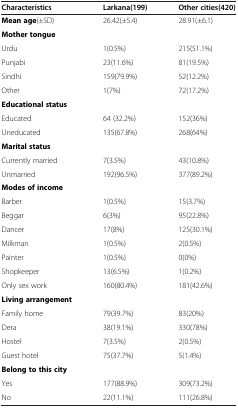
<table><thead><tr><td><b>Characteristics</b></td><td><b>Larkana(199)</b></td><td><b>Other cities(420)</b></td></tr></thead><tbody><tr><td><b>Mean age</b>(±SD)</td><td>26.42(±5.4)</td><td>28.91(±6.1)</td></tr><tr><td><b>Mother tongue</b></td><td>[EMPTY_CELL]</td><td>[EMPTY_CELL]</td></tr><tr><td>Urdu</td><td>1(0.5%)</td><td>215(51.1%)</td></tr><tr><td>Punjabi</td><td>23(11.6%)</td><td>81(19.5%)</td></tr><tr><td>Sindhi</td><td>159(79.9%)</td><td>52(12.2%)</td></tr><tr><td>Other</td><td>1(7%)</td><td>72(17.2%)</td></tr><tr><td><b>Educational status</b></td><td>[EMPTY_CELL]</td><td>[EMPTY_CELL]</td></tr><tr><td>Educated</td><td>64 (32.2%)</td><td>152(36%)</td></tr><tr><td>Uneducated</td><td>135(67.8%)</td><td>268(64%)</td></tr><tr><td><b>Marital status</b></td><td>[EMPTY_CELL]</td><td>[EMPTY_CELL]</td></tr><tr><td>Currently married</td><td>7(3.5%)</td><td>43(10.8%)</td></tr><tr><td>Unmarried</td><td>192(96.5%)</td><td>377(89.2%)</td></tr><tr><td><b>Modes of income</b></td><td>[EMPTY_CELL]</td><td>[EMPTY_CELL]</td></tr><tr><td>Barber</td><td>1(0.5%)</td><td>15(3.7%)</td></tr><tr><td>Beggar</td><td>6(3%)</td><td>95(22.8%)</td></tr><tr><td>Dancer</td><td>17(8%)</td><td>125(30.1%)</td></tr><tr><td>Milkman</td><td>1(0.5%)</td><td>2(0.5%)</td></tr><tr><td>Painter</td><td>1(0.5%)</td><td>0(0%)</td></tr><tr><td>Shopkeeper</td><td>13(6.5%)</td><td>1(0.2%)</td></tr><tr><td>Only sex work</td><td>160(80.4%)</td><td>181(42.6%)</td></tr><tr><td><b>Living arrangement</b></td><td>[EMPTY_CELL]</td><td>[EMPTY_CELL]</td></tr><tr><td>Family home</td><td>79(39.7%)</td><td>83(20%)</td></tr><tr><td>Dera</td><td>38(19.1%)</td><td>330(78%)</td></tr><tr><td>Hostel</td><td>7(3.5%)</td><td>2(0.5%)</td></tr><tr><td>Guest hotel</td><td>75(37.7%)</td><td>5(1.4%)</td></tr><tr><td><b>Belong to this city</b></td><td>[EMPTY_CELL]</td><td>[EMPTY_CELL]</td></tr><tr><td>Yes</td><td>177(88.9%)</td><td>309(73.2%)</td></tr><tr><td>No</td><td>22(11.1%)</td><td>111(26.8%)</td></tr></tbody></table>